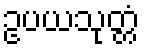
ဥပယသုတ္တံ